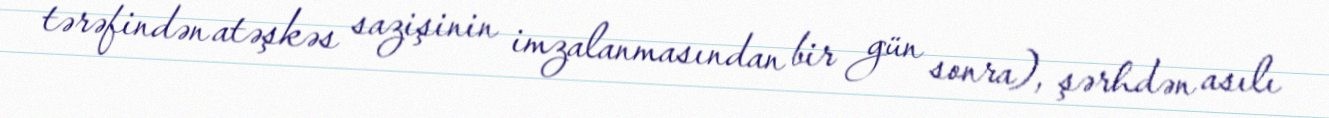
tərəfindən atəşkəs sazişinin imzalanmasından bir gün sonra), şərhdən asılı